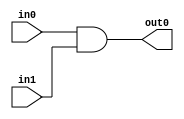
module AND(
    input wire in0,
    input wire in1,
    output wire out0
);
assign out0 = in0 & in1;
endmodule